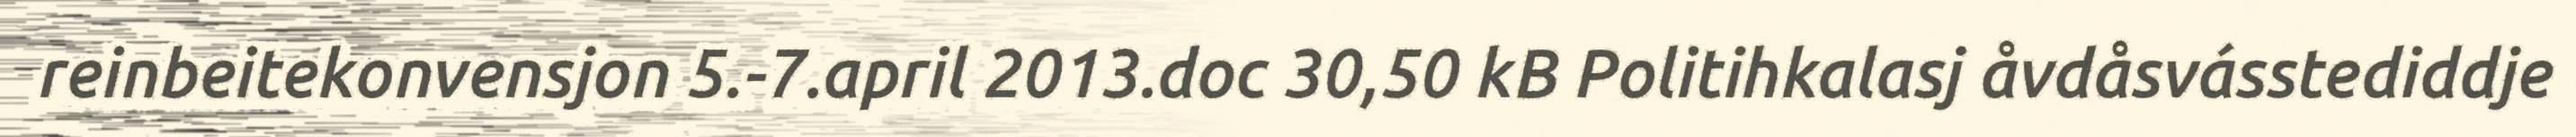
reinbeitekonvensjon 5.-7.april 2013.doc 30,50 kB Politihkalasj åvdåsvásstediddje